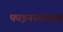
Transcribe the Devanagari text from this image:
फाइनस्टराइड